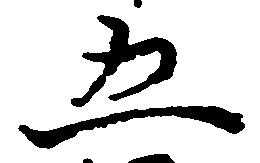
五